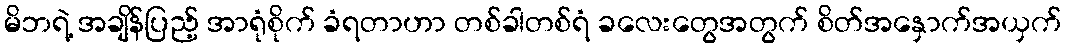
မိဘရဲ့ အချိန်ပြည့် အာရုံစိုက် ခံရတာဟာ တစ်ခါတစ်ရံ ခလေးတွေအတွက် စိတ်အနှောက်အယှက်